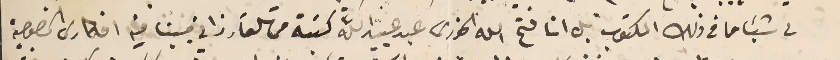
لى شيئا ما فى ذلك المكتوب بل ان فتح الله الخورى عبد عبيد الله كتبته من تلقاء ذاتي مبينا فيه افكارى الخصوصية